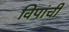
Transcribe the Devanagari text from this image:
विपांची